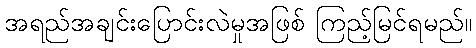
အရည်အချင်းပြောင်းလဲမှုအဖြစ် ကြည့်မြင်ရမည်။